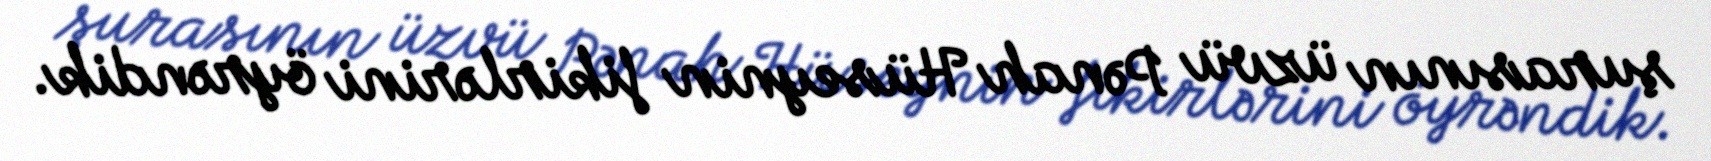
şurasının üzvü Pənah Hüseynin fikirlərini öyrəndik.